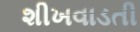
શીખવાડતી